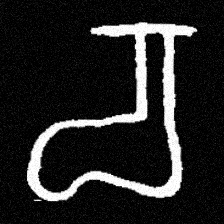
Pyu character \u2014 Myanmar letter: စ (romanized: ca)